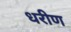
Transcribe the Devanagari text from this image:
धरीण